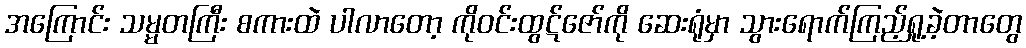
အကြောင်း သမ္မတကြီး စကားထဲ ပါလာတော့ ကိုဝင်းထွဋ်ဇော်ကို ဆေးရုံမှာ သွားရောက်ကြည့်ရှု့ခဲ့တာတွေ